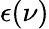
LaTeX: \epsilon(\nu)